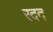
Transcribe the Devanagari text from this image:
रदद